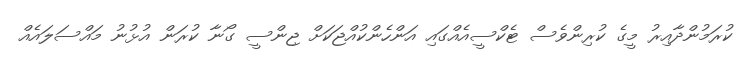
ކުރަމުންދާއިރު މީގެ ކުރިންވެސް ޓެކްސީއެއްގައި އަންހެންކުއްޖަކަށް ޖިންސީ ގޯނާ ކުރަން އުޅުނު މައްސަލައެއް